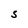
Character: S